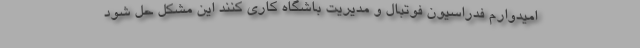
امیدوارم فدراسیون فوتبال و مدیریت باشگاه کاری کنند این مشکل حل شود